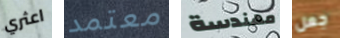
اعثري معتمد مهندسة جعل